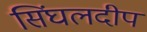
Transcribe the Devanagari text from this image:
सिंघलदीप